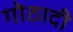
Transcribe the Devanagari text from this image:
गोठादी